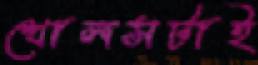
খোলসটাই